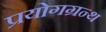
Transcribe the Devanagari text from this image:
प्रयोगग्रन्थ